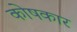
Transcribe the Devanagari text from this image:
काेषकार